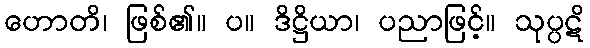
ဟောတိ၊ ဖြစ်၏။ ပ။ ဒိဋ္ဌိယာ၊ ပညာဖြင့်။ သုပ္ပဋိ